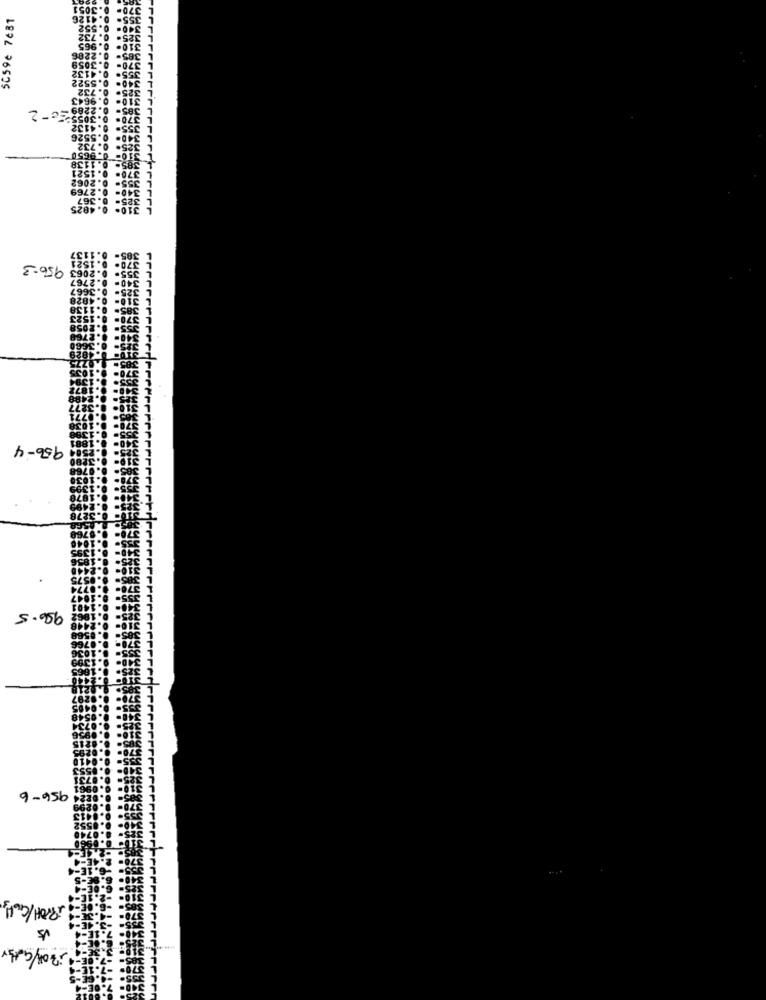
5059e 7681
956-3
956-4
996.5
9-956
PROH/GUL